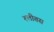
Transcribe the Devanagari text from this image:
श्लीतस